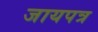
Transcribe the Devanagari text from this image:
जायपत्र